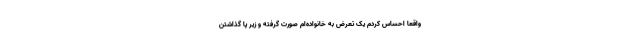
واقعا احساس کردم یک تعرض به خانواده‌ام صورت گرفته و زیر پا گذاشتن